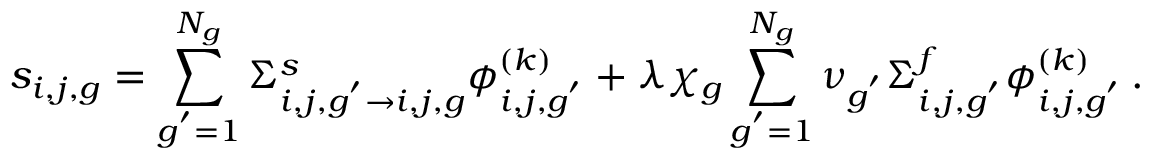
s _ { i , j , g } = \sum _ { g ^ { ' } = 1 } ^ { N _ { g } } \Sigma _ { i , j , g ^ { ' } \rightarrow i , j , g } ^ { s } \phi _ { i , j , g ^ { ' } } ^ { ( k ) } + \lambda \chi _ { g } \sum _ { g ^ { ' } = 1 } ^ { N _ { g } } \nu _ { g ^ { ' } } \Sigma _ { i , j , g ^ { ' } } ^ { f } \phi _ { i , j , g ^ { ' } } ^ { ( k ) } \, .